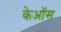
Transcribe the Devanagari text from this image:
केऑस